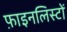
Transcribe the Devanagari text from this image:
फ़ाइनलिस्टों